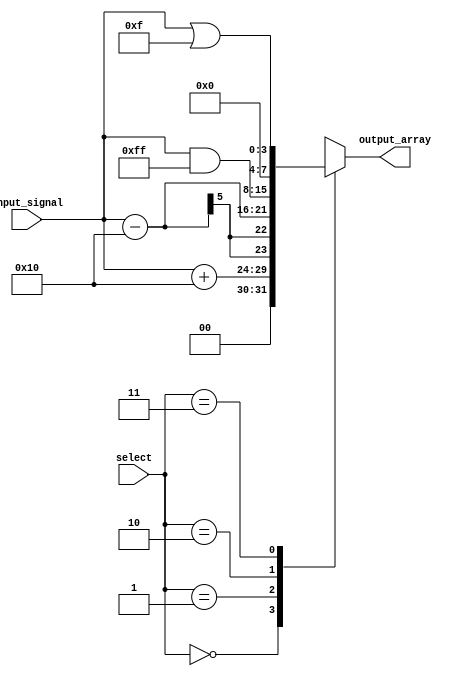
module array_continuous_assignment (
    input wire [3:0] input_signal,  // 4-bit input signal
    input wire [1:0] select,         // 2-bit selector for array element
    output wire [7:0] output_array   // 8-bit output array
);

    // Array Declaration
    reg [7:0] my_array [0:3]; // 4 elements of 8-bit wide array

    // Initialization of the array
    initial begin
        my_array[0] = 8'hAA; // Initialize first element
        my_array[1] = 8'hBB; // Initialize second element
        my_array[2] = 8'hCC; // Initialize third element
        my_array[3] = 8'hDD; // Initialize fourth element
    end

    // Continuous Assignment
    assign output_array = my_array[select]; // Output the selected array element

    // Dynamic Updates
    always @(*) begin
        // Example of element-wise assignment with an operation
        my_array[0] = input_signal + 8'h10; // Update first element based on input_signal
        my_array[1] = input_signal - 8'h10; // Update second element based on input_signal
        my_array[2] = input_signal & 8'hFF;  // Update third element with bitwise AND
        my_array[3] = input_signal | 8'h0F;  // Update fourth element with bitwise OR
    end

endmodule